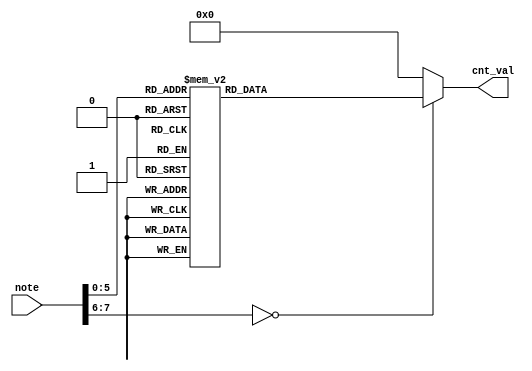
`timescale 1ns / 1ps
//////////////////////////////////////////////////////////////////////////////////
// Company: 
// Engineer: 
// 
// Design Name: 
// Module Name: NoteTrans
// Project Name: 
// Target Devices: 
// Tool Versions: 
// Description: 
// 
// Dependencies: 
// 
// Revision:
// Revision 0.01 - File Created
// Additional Comments:
// 
//////////////////////////////////////////////////////////////////////////////////


module NoteTrans(
    input wire [7:0]  note,
    output reg [17:0] cnt_val
    );
    
always@(note)
    case(note)
		8'h11: cnt_val = 191109;
		8'h12: cnt_val = 170258;
		8'h13: cnt_val = 151684;
		8'h14: cnt_val = 143171;
		8'h15: cnt_val = 127553;
		8'h16: cnt_val = 113635;
		8'h17: cnt_val = 101238;
		
		8'h21:cnt_val =  93940;   
		8'h22:cnt_val =  85130;   
		8'h23:cnt_val =  75843;   
		8'h24:cnt_val =  71585;   
		8'h25:cnt_val =  63775;   
		8'h26:cnt_val =  56817;   
		8'h27:cnt_val =  50619;   
    
		8'h31:cnt_val = 47777;   
		8'h32:cnt_val = 42565;   
		8'h33:cnt_val = 37921;   
		8'h34:cnt_val = 35792;   
		8'h35:cnt_val = 31887;   
		8'h36:cnt_val = 28408;   
		8'h37:cnt_val = 25309;   
		default:
		      cnt_val = 0;
    endcase
endmodule